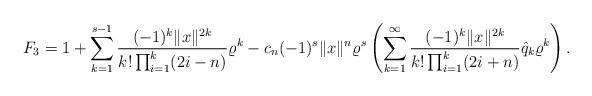
LaTeX: \begin{align*}F_3= 1+ \sum_{k=1}^{s-1} \frac{(-1)^{k}\|x\|^{2k}}{k!\prod_{i=1}^k(2i-n)}\varrho^k - c_n(-1)^{s}\|x\|^n\varrho^{s}\left( \sum_{k=1}^\infty\frac{(-1)^{k}\|x\|^{2k} }{k!\prod_{i=1}^k(2i+n)}\hat{q}_k \varrho^k\right).\end{align*}